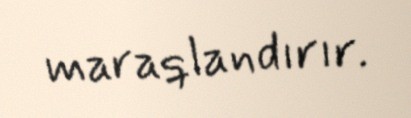
maraqlandırır.